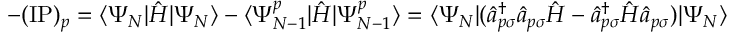
- ( \mathrm { I P } ) _ { p } = \langle \Psi _ { N } | \hat { H } | \Psi _ { N } \rangle - \langle \Psi _ { N - 1 } ^ { p } | \hat { H } | \Psi _ { N - 1 } ^ { p } \rangle = \langle \Psi _ { N } | ( \hat { a } _ { p \sigma } ^ { \dagger } \hat { a } _ { p \sigma } \hat { H } - \hat { a } _ { p \sigma } ^ { \dagger } \hat { H } \hat { a } _ { p \sigma } ) | \Psi _ { N } \rangle